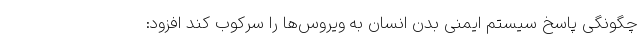
چگونگی پاسخ سیستم ایمنی بدن انسان به ویروس‌ها را سرکوب کند افزود: